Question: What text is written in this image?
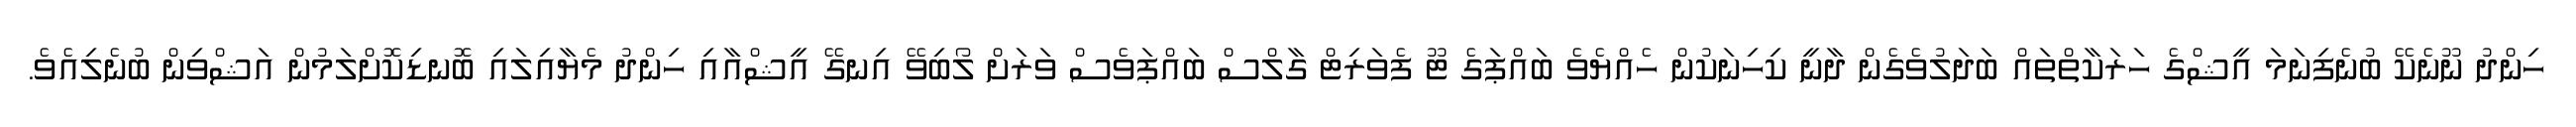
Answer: ހިންދު ނޫނެކޭ ބުނެފިނަމަ އީޝްގެ ހަރަކާތްތައް ބަދަލުވެގެން ދާނީ ކިހިނަކުން ހެއްޔެވެ ބައްޕަގެ ޓޫ ފެވަރިޓް ގާލްސް ބައްޕަވެސް ވަރަށް ލޯބިވޭ އިނގޭ އީޝްއާއި ހިންދު މެޔާއިލައި ބޮނޑިކޮށްލަމުން އަޝްވިން ބުނެލިއެވެ.